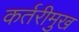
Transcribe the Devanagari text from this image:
कर्तरीमुख